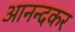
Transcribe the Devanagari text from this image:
आनन्दकर